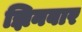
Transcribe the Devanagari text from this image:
झिनबार